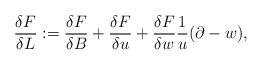
LaTeX: \begin{align*}\frac{\delta F}{\delta L} := \frac{\delta F}{\delta B} + \frac{\delta F}{\delta u} +\frac{\delta F}{\delta w} \frac{1}{u} (\partial - w), \end{align*}